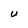
Character: U